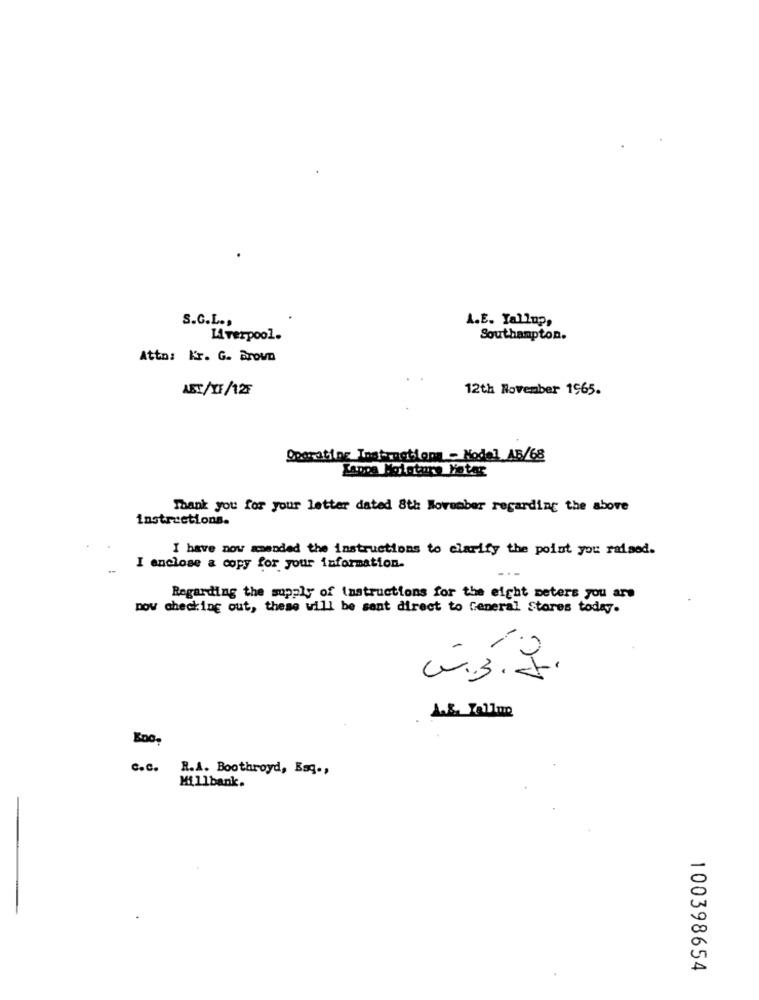
S.C.L .,
A.E. Yallup,
Liverpool.
Southampton.
Attn: Kr. G. Brown
ABT/XF/125
12th November 1965.
Operating Instrngtions - Nodel AB/68
Thank you for your letter dated 8th November regarding the above
instructions.
I have now amended the instructions to clarify the point you raised.
I enclose & copy for your information.
Regarding the supply of instructions for the eight meters you are
pow checking out, these will be sant direct to General Stores today.
A.B. Tellme
c.c.
R.A. Boothroyd, Baq .,
Millbank.
100398654